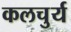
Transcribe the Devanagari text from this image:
कलचुर्य